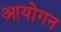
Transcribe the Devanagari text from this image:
आयोगन